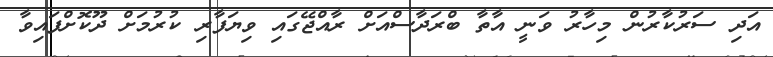
އަދި ސަރުކާރުން މިހާރު ވަނީ އާތާ ބްރަދާސްއަށް ރާއްޖޭގައި ވިޔަފާރި ކުރުމަށް ދޫކޮށްފައިވާ